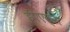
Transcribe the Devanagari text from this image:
ईएएक्स